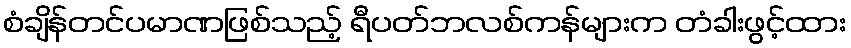
စံချိန်တင်ပမာဏဖြစ်သည့် ရီပတ်ဘလစ်ကန်များက တံခါးဖွင့်ထား